system: You are a helpful assistant.
user:
Analyze the provided spectrum to determine if it is a **M-type Giant (gM)**.

A M-type Giant spectrum is defined by its **strong molecular absorption** features, particularly from **Titanium Oxide (TiO)**. You must check for one of the following mutually exclusive signatures:

- **Key Visual Indicators (Absorption-Dominated Spectrum):**

    - **(Primary):** The spectrum is dominated by strong molecular absorption from **Titanium Oxide (TiO)**. This is the **defining feature** of its M-type temperature class.
        - **(Key Bandheads):** Look for sharp, "saw-tooth" absorption valleys. The strongest are located near **~7050 Å**, **~6160 Å**, and **~5170 Å**.
        - **(Line Profile):** The "saw-tooth" morphology is critical: a **sharp, steep drop on the BLUE (short-wavelength) side** of the bandhead, followed by a gradual recovery (rising flux) towards the RED (long-wavelength) side.

    - **(Key Confirmation - Giant vs. Dwarf):** **ABSENCE** of strong **Calcium Hydride (CaH)** molecular bands. This is the primary diagnostic for *excluding* M-dwarfs.
        - **(Key Region):** The spectrum should lack the strong, broad absorption band seen in dwarfs between **~6800 Å and ~7000 Å**.

    - **(Secondary Confirmation - Giant):** A very strong and broad **Neutral Calcium (Ca I)** atomic absorption line.
        - **(Key Line):** Located at **~4226 Å**. In a giant (gM), this line is significantly deeper and broader than the same line in an M-dwarf (dM) due to low surface gravity.

    - **(Overall Spectrum):**
        - The continuum is **extremely red-sloping** (i.e., flux is very low in the blue and rises dramatically towards the red).
        - The entire spectrum appears "chopped up" by the deep TiO bands.

Think first, call **spectral_visualization_tool** if needed to examine features in detail, then provide your final answer. Your response must adhere to the following strict rules:
1.  **Overall Structure:** Your response must follow the format `<think>...</think> <tool_call>...</tool_call> (if a tool is used) <answer>...</answer>`.
2.  **Tool Usage Constraint:** You may only make **one** tool call per turn.
3.  **Final Answer Format:** In the `<answer>` tag, your conclusion must be inside a `\boxed{}` command (e.g., `\boxed{YES}` or `\boxed{NO}`), followed by your justification.

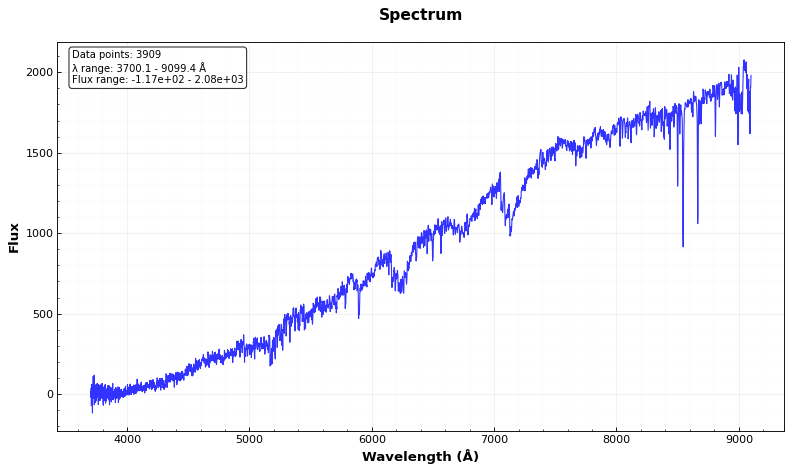
Answer: YES